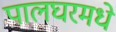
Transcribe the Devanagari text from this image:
पालघरमधे